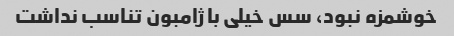
خوشمزه نبود، سس خیلی با ژامبون تناسب نداشت